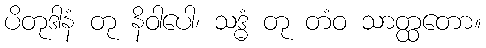
ပိတုဒါနံ တု နိဝါပေါ၊ သဒ္ဓံ တု တံဝ သာတ္ထတော။